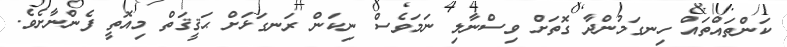
ކަންތައްތައް ހިނގަމުންދާ ގޮތަށް ވިސްނާލި ނަމަވެސް ނިކަން ރަނގަޅަށް ޙަޤީޤަތް މިއޮތީ ފެންނާށެވެ.